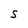
Character: S